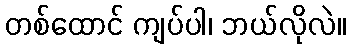
တစ်ထောင် ကျပ်ပါ၊ ဘယ်လိုလဲ။